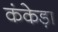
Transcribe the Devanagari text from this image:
कंकेड़ा